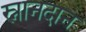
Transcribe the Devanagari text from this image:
स्नानदान